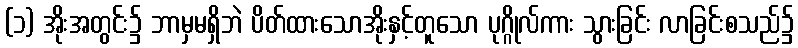
(၁) အိုးအတွင်း၌ ဘာမှမရှိဘဲ ပိတ်ထားသောအိုးနှင့်တူသော ပုဂ္ဂိုလ်ကား သွားခြင်း လာခြင်းစသည်၌